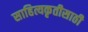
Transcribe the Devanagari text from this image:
साहित्यकृतीसाठी